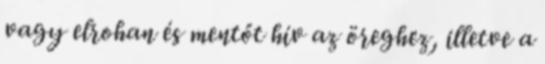
vagy elrohan és mentőt hív az öreghez, illetve a